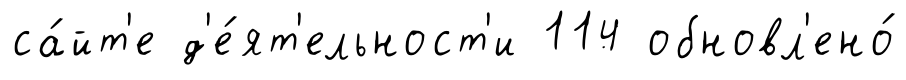
са́йт'е д'е́ят'ельност'и 114 обновл'ено́